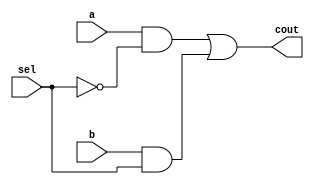
module mux(cout, a, b, sel);

input a, b, sel;
output cout;
wire and_1, and_2, reverse_sel;

not(reverse_sel, sel);
and(and_1, a, reverse_sel);
and(and_2, b, sel);
or(cout, and_1, and_2);

endmodule